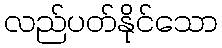
လည်ပတ်နိုင်သော